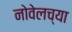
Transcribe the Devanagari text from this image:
नोवेलच्या